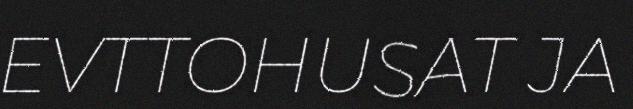
EVTTOHUSAT JA